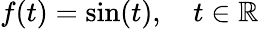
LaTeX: f(t)=\sin(t),\quad t\in\mathbb{R}